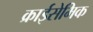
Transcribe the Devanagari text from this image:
क्राईसेमिक